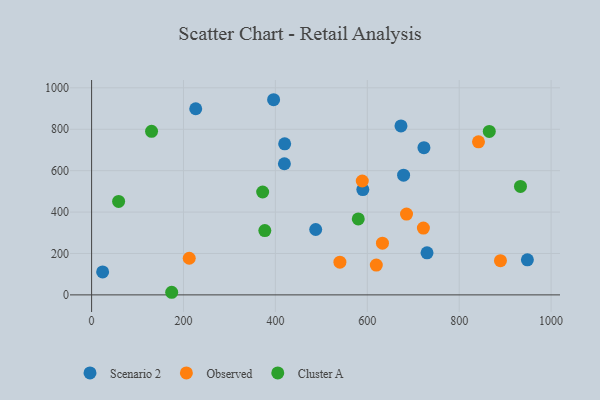
{"axis": {"x": "Engine Size", "y": "Profit"}, "legend": ["Cluster A", "Observed", "Scenario 2"], "data": [{"x": "723.3", "y": 710.8, "type": "Scenario 2"}, {"x": "24.0", "y": 111.0, "type": "Scenario 2"}, {"x": "226.6", "y": 898.9, "type": "Scenario 2"}, {"x": "590.3", "y": 508.4, "type": "Scenario 2"}, {"x": "948.4", "y": 169.3, "type": "Scenario 2"}, {"x": "679.0", "y": 578.4, "type": "Scenario 2"}, {"x": "730.0", "y": 203.3, "type": "Scenario 2"}, {"x": "673.3", "y": 816.1, "type": "Scenario 2"}, {"x": "396.1", "y": 942.6, "type": "Scenario 2"}, {"x": "420.2", "y": 729.8, "type": "Scenario 2"}, {"x": "419.6", "y": 633.4, "type": "Scenario 2"}, {"x": "487.7", "y": 315.9, "type": "Scenario 2"}, {"x": "619.6", "y": 144.2, "type": "Observed"}, {"x": "722.1", "y": 322.7, "type": "Observed"}, {"x": "889.8", "y": 165.3, "type": "Observed"}, {"x": "212.5", "y": 176.9, "type": "Observed"}, {"x": "633.0", "y": 249.6, "type": "Observed"}, {"x": "589.1", "y": 550.0, "type": "Observed"}, {"x": "540.4", "y": 158.1, "type": "Observed"}, {"x": "842.0", "y": 739.4, "type": "Observed"}, {"x": "685.4", "y": 390.3, "type": "Observed"}, {"x": "580.4", "y": 367.0, "type": "Cluster A"}, {"x": "58.8", "y": 451.2, "type": "Cluster A"}, {"x": "933.4", "y": 523.7, "type": "Cluster A"}, {"x": "377.0", "y": 310.5, "type": "Cluster A"}, {"x": "130.5", "y": 790.0, "type": "Cluster A"}, {"x": "372.3", "y": 496.8, "type": "Cluster A"}, {"x": "865.5", "y": 789.7, "type": "Cluster A"}, {"x": "174.3", "y": 12.6, "type": "Cluster A"}]}